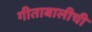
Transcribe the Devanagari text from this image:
गीताबालीची